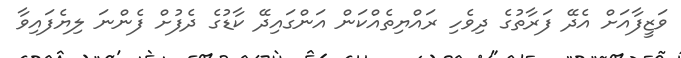
ވަޒީފާއަށް އެދޭ ފަރާތުގެ ދިވެހި ރައްޔިތެއްކަން އަންގައިދޭ ކާޑުގެ ދެފުށް ފެންނަ ލިޔެފައިވާ